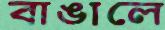
বাঙালে